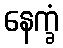
နေက္ခံ